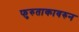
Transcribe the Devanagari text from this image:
फुरुताकावरुन